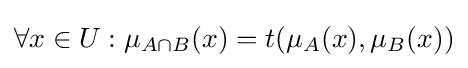
\forall x\in U:\mu _{A\cap {B}}(x)=t(\mu _{A}(x),\mu _{B}(x))